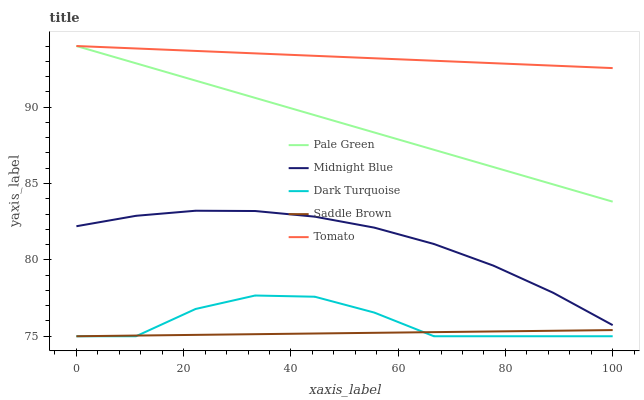
| xaxis_label | Pale Green | Midnight Blue | Dark Turquoise | Saddle Brown | Tomato |
 | --- | --- | --- | --- | --- | --- |
 | 0 | 94 | 82.2 | 75 | 75 | 94 |
 | 11.1 | 92.9 | 82.9 | 75 | 75 | 93.8 |
 | 22.2 | 91.7 | 83.2 | 76.8 | 75.1 | 93.7 |
 | 33.3 | 90.6 | 83.2 | 77.7 | 75.1 | 93.5 |
 | 44.4 | 89.5 | 82.8 | 77.6 | 75.2 | 93.4 |
 | 55.6 | 88.3 | 82.1 | 76.5 | 75.2 | 93.2 |
 | 66.7 | 87.2 | 81 | 75 | 75.3 | 93 |
 | 77.8 | 86.1 | 79.6 | 75 | 75.3 | 92.9 |
 | 88.9 | 84.9 | 77.8 | 75 | 75.4 | 92.7 |
 | 100 | 83.8 | 75.7 | 75 | 75.4 | 92.6 |